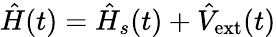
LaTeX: \hat{H}(t)=\hat{H}_{s}(t)+\hat{V}_{\mathrm{ext}}(t)